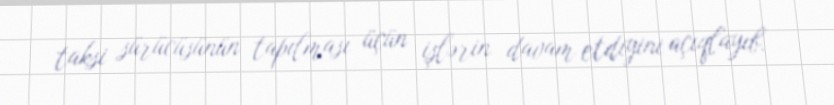
taksi sürücüsünün tapılması üçün işlərin davam etdiyini açıqlayıb.